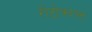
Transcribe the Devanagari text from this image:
रोटोक्राफ्ट